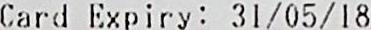
CARD EXPIRY: 31/05/18